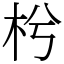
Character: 枍